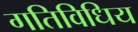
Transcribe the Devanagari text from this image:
गतिविधिय